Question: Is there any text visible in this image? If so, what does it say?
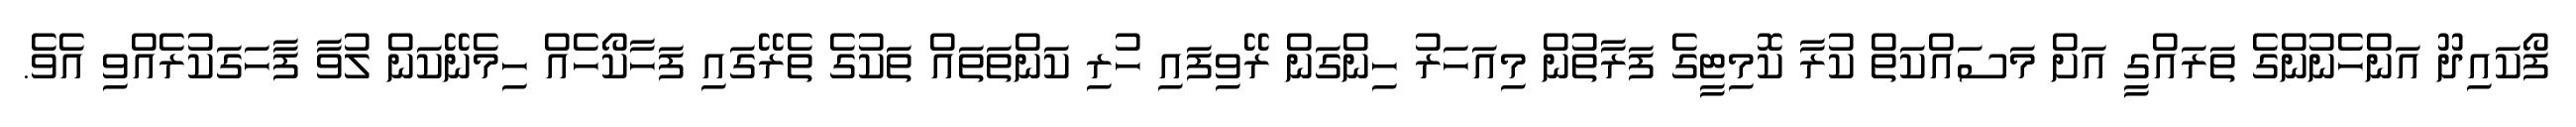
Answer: ފޯކައިދޫ އަންހެނުންގެ ތަރައްގީ އަށް މަސައްކަތް ކުރާ ކޮމިޓީގެ ފަރާތުން މިއަހަރު ހިންގަން ރޭވިފައި ހުރި ކަންތަތައް ތަކުގެ ތެރޭގައި ފަހާކޯހެއް ހިމެނޭކަން ލުވާ ފާހަގަކުރެއްވި އެވެ.